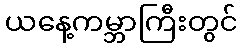
ယနေ့ကမ္ဘာကြီးတွင်